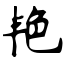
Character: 艳